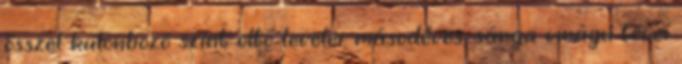
ősszel különböző színt öltő levelei, másodéves, sárga virágú tövei